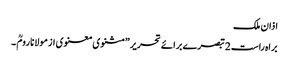
اذان ملک
براہ راست 2 تبصرے برائے تحریر ”مثنوی معنوی از مولانا رومؒ ۔